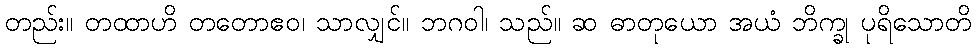
တည်း။ တထာဟိ တတောဧဝ၊ သာလျှင်။ ဘဂဝါ၊ သည်။ ဆ ဓာတုယော အယံ ဘိက္ခု ပုရိသောတိ